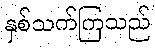
နှစ်သက်ကြသည်